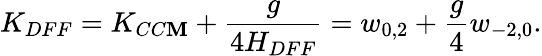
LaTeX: K_{DFF}=K_{CC\mathbf{M}}+\frac{{g}}{{4H_{DFF}}}=w_{0,2}+{\frac{{g}}{{4}}}w_{-2,0}.